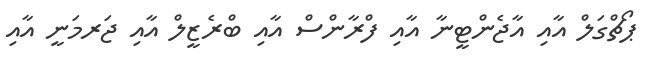
ޕޯޗްގަލް އާއި އާޖެންޓީނާ އާއި ފްރާންސް އާއި ބްރެޒީލް އާއި ޖަރމަނީ އާއި